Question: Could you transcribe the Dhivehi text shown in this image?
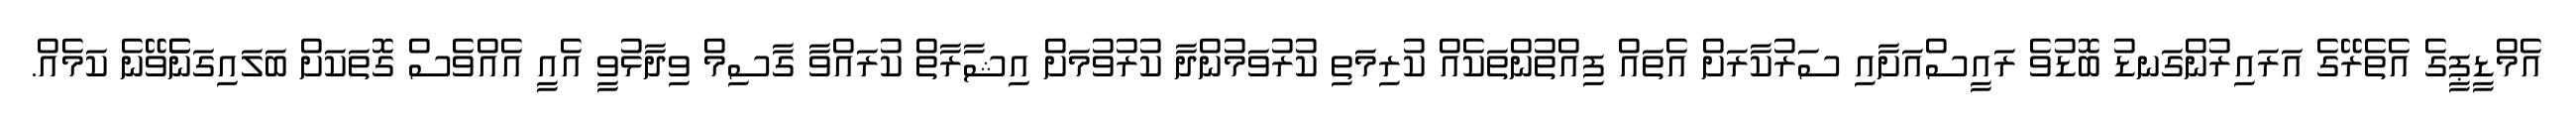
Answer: އެމްޑީޕީގެ އެތެރޭގެ އަރައިރުންގަނޑު ބޮޑުވެ ރައީސްއަށާއި ސަރުކާރަށް އެތައް ފިއްތުންތަކެއް ކުރިމަތި ކުރުވަމުންދާ ކުރުވުމަށް އިޝާރާތް ކުރައްވާ ގާސިމް ވިދާޅުވީ އެއީ އެއްވެސް ގޮތަކަށް ބަލައިގަނެެވޭނެ ކަމެއް.